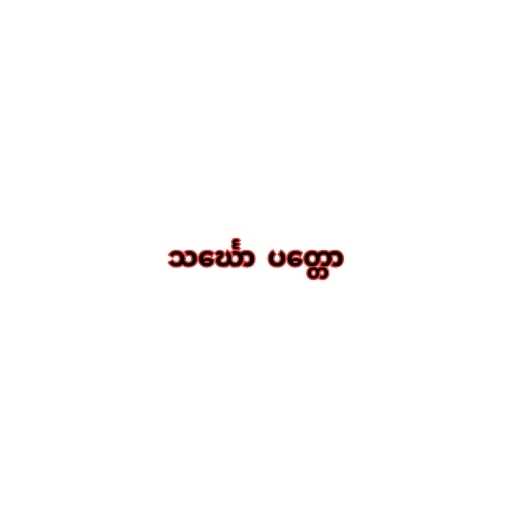
သင်္ဃော  ပတ္တော